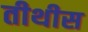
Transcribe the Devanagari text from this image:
तीथीस